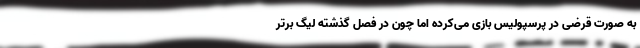
به صورت قرضی در پرسپولیس بازی می‌کرده اما چون در فصل گذشته لیگ برتر